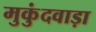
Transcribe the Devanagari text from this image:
मुकुंदवाड़ा